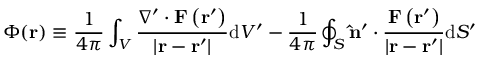
\Phi ( \mathbf { r } ) \equiv { \frac { 1 } { 4 \pi } } \int _ { V } { \frac { \nabla ^ { \prime } \cdot \mathbf { F } \left( \mathbf { r } ^ { \prime } \right) } { \left| \mathbf { r } - \mathbf { r } ^ { \prime } \right| } } \mathrm { d } V ^ { \prime } - { \frac { 1 } { 4 \pi } } \oint _ { S } \mathbf { \hat { n } } ^ { \prime } \cdot { \frac { \mathbf { F } \left( \mathbf { r } ^ { \prime } \right) } { \left| \mathbf { r } - \mathbf { r } ^ { \prime } \right| } } \mathrm { d } S ^ { \prime }